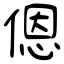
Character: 𫣆